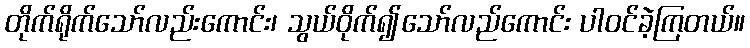
တိုက်ရိုက်သော်လည်းကောင်း၊ သွယ်ဝိုက်၍သော်လည်ကောင်း ပါဝင်ခဲ့ကြတယ်။